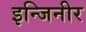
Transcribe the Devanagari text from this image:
इन्जिनीर